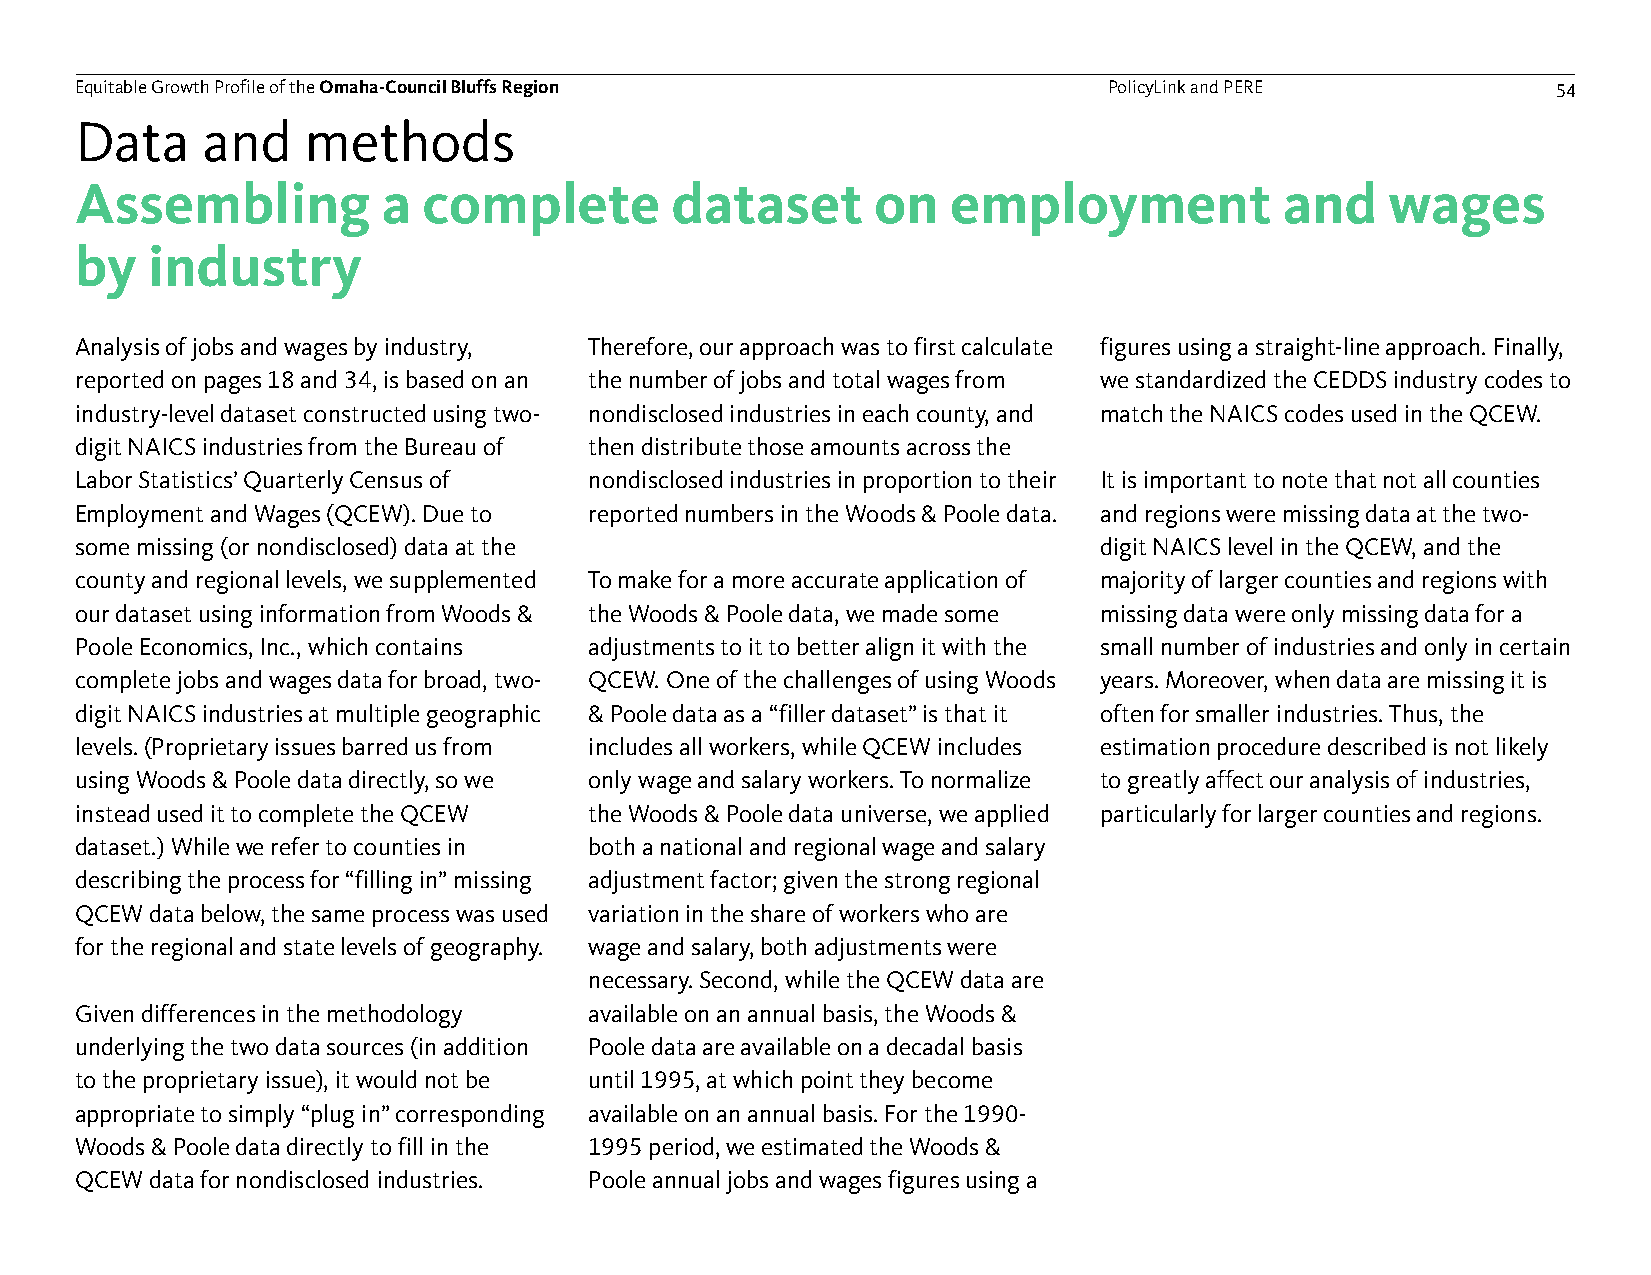
Equitable Growth Profile of theOmaha-Council Bluffs Region          PolicyLink and PERE           54
 Data    and    methods
 Assembling          a  complete        dataset       on   employment            and    wages
 by   industry
 Analysis of jobs and wages by industry, Therefore, our approach was to first calculate figures using a straight-line approach. Finally,
 reported on pages 18 and 34, is based on an the number of jobs and total wages from we standardized the CEDDS industry codes to
 industry-level dataset constructed using two- nondisclosedindustries in each county, and match the NAICS codes used in the QCEW.
 digit NAICS industries from the Bureau of then distribute those amounts across the
 Labor Statistics’ Quarterly Census of nondisclosedindustries in proportion to their It is important to note that not all counties
 Employment and Wages (QCEW). Due to reported numbers in the Woods & Poole data. and regions were missing data at the two-
 some missing (or nondisclosed) data at the                          digit NAICS level in the QCEW, and the
 county and regional levels, we supplemented To make for a more accurate application of majority of larger counties and regions with
 our dataset using information from Woods & the Woods & Poole data, we made some missing data were only missing data for a
 Poole Economics, Inc., which contains adjustments to it to better align it with the small number of industries and only in certain
 complete jobs and wages data for broad, two- QCEW. One of the challenges of using Woods years. Moreover, when data are missing it is
 digit NAICS industries at multiple geographic & Poole data as a “filler dataset” is that it often for smaller industries. Thus, the
 levels. (Proprietary issues barred us from includes all workers, while QCEW includes estimation procedure described is not likely
 using Woods & Poole data directly, so we only wage and salary workers. To normalize to greatly affect our analysis of industries,
 instead used it to complete the QCEW the Woods & Poole data universe, we applied particularly for larger counties and regions.
 dataset.) While we refer to counties in both a national and regional wage and salary
 describing the process for “filling in” missing adjustment factor; given the strong regional
 QCEW data below, the same process was used variation in the share of workers who are
 for the regional and state levels of geography. wage and salary, both adjustments were
 necessary. Second, while the QCEW data are
 Given differences in the methodology available on an annual basis, the Woods &
 underlying the two data sources (in addition Poole data are available on a decadal basis
 to the proprietary issue), it would not be until 1995, at which point they become
 appropriate to simply “plug in” corresponding available on an annual basis. For the 1990-
 Woods & Poole data directly to fill in the 1995 period, we estimated the Woods &
 QCEW data for nondisclosedindustries. Poole annual jobs and wages figures using a